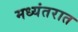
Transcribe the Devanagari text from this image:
मध्यंतरात